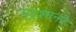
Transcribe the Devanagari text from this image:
डिक्सनने